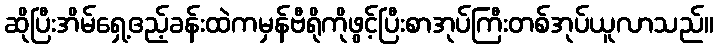
ဆိုပြီးအိမ်ရှေ့ဧည့်ခန်းထဲကမှန်ဗီရိုကိုဖွင့်ပြီးစာအုပ်ကြီးတစ်အုပ်ယူလာသည်။